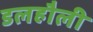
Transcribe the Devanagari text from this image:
डलहौली